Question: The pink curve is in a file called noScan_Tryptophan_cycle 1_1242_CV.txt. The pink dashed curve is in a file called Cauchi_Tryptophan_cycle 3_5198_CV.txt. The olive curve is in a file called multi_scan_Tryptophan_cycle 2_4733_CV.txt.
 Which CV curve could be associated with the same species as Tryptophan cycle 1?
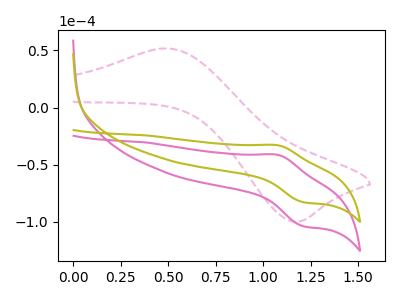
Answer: <think>The pink curve "Tryptophan cycle 1" has an anodic peak at (1.10V, -41.40uA) and a cathodic peak at (1.20V, -103.75uA). The pink dashed curve "Tryptophan cycle 3" has an anodic peak at (0.50V, 51.75uA) and a cathodic peak at (1.15V, -99.95uA). The olive curve "Tryptophan cycle 2" has an anodic peak at (1.10V, -33.00uA) and a cathodic peak at (1.20V, -82.70uA).
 "Tryptophan cycle 1" and "Tryptophan cycle 3" have at least one peak that do not match. All the peaks in "Tryptophan cycle 1" have a peak in "Tryptophan cycle 2" at the same potential. "Tryptophan cycle 3" and "Tryptophan cycle 2" have at least one peak that do not match.</think>
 <answer>The CV with the most similar shape to "Tryptophan cycle 2" is "Tryptophan cycle 1".</answer>
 <eval>"Tryptophan cycle 1"</eval>